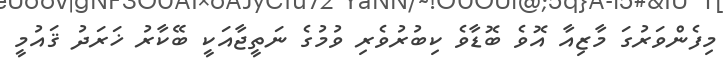
މިފެންވަރުގަ މާޒިއާ އޮވެ ބޮޑާވެ ކިބުރުވެރި ވުމުގެ ނަތީޖާއަކީ ބޭކާރު ޚަރަދު ޤައުމީ